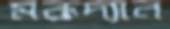
মরূদ্যান